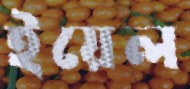
ইয়েল